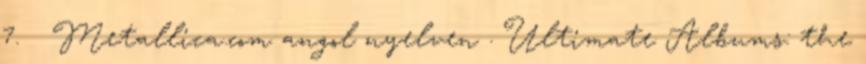
7. ↑ Metallica.com angol nyelven . Ultimate Albums: the